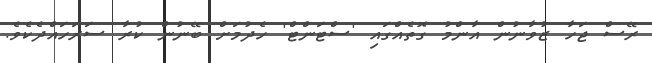
ރޭސް ޖަހާ ޒުވާނުން އާންމު ގޮތެއްގައި 'ސްޓަންޓް' ހެދުމަށް ބޭނުން ކުރާ ސަރަހައްދެކެވެ.